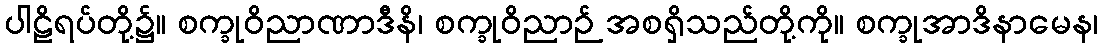
ပါဠိရပ်တို့၌။ စက္ခုဝိညာဏာဒီနိ၊ စက္ခုဝိညာဉ် အစရှိသည်တို့ကို။ စက္ခုအာဒိနာမေန၊